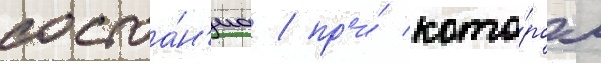
состоа́н'иа / пр'и́ кото́ром